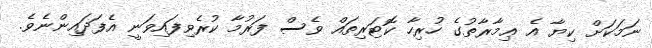
ނަމަކަށް ކިޔާ އެ ޢިމާރާތުގެ ހުރިހާ ކޮޓަރިތައް ވެސް ފަރުމާ ކުރެވިފައިވަނީ އެފަދައިންނެވެ.